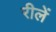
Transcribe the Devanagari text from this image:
रीलें